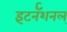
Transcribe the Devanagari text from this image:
इंटर्नॅशनल्